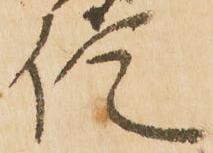
信